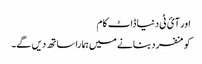
اور آئ ٹی دنیا ڈاٹ کام
کو منفرد بنانے میں ہمارا ساتھ دیں گے۔